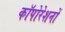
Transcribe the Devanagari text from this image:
कॉपोरेशनों